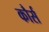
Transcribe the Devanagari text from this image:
कौर्स